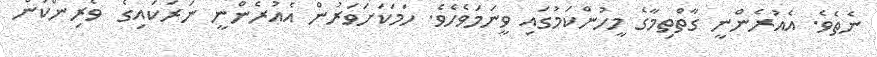
ނެތެވެ. އެއުރެންނީ ގާތްތިމާގެ މީހުންކަމުގައި ވީނަމަވެހެވެ. ހަމަކަށަވަރުން އެއުރެންނީ ނަރަކައިގެ  ވެރިންކަން